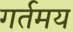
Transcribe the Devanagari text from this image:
गर्तमय